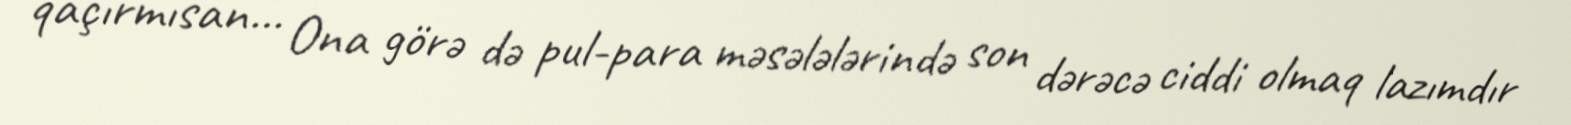
qaçırmısan... Ona görə də pul-para məsələlərində son dərəcə ciddi olmaq lazımdır